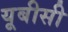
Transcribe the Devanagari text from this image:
यूबीसी